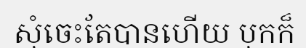
សុំចេះតែបានហើយ បុកក៏